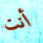
أنت